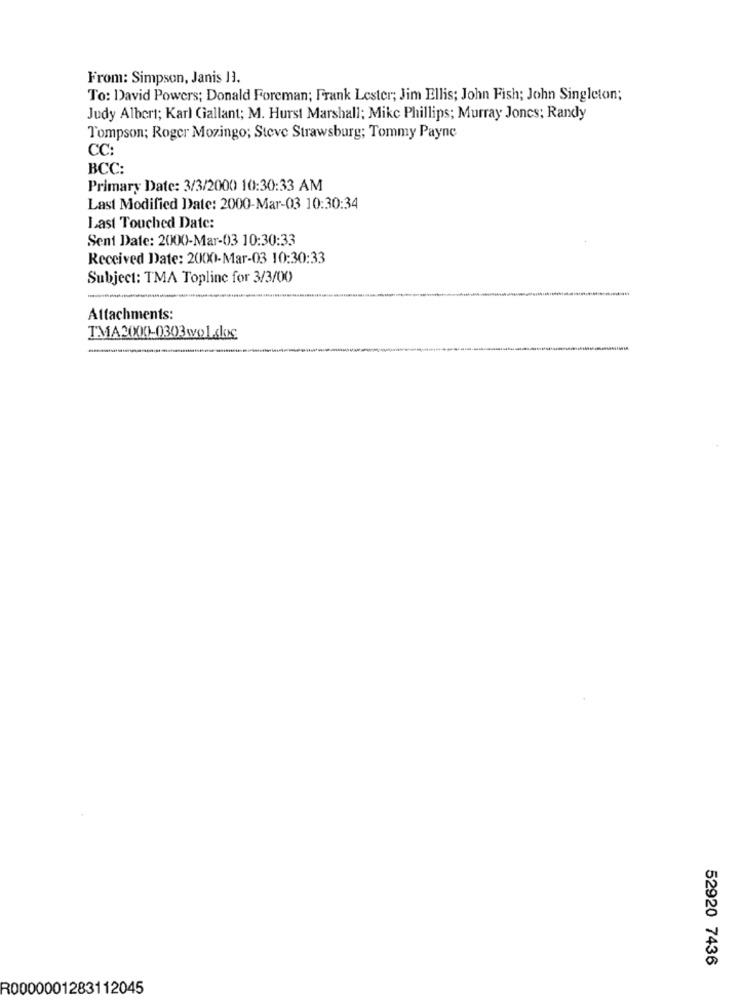
From: Simpson, Janis 11.
To: David Powers; Donald Foreman; Frank Lester; Jim Ellis; John Fish; John Singleton;
Judy Albert; Karl Gallant; M. Hurst Marshall; Mike Phillips; Murray Jones; Randy
Tompson; Roger Mozingo; Steve Strawsburg; Tommy Payne
CC:
BCC:
Primary Date: 3/3/2000 10:30:33 AM
Last Modified Date: 2000-Mar-03 10:30:34
Last Touched Date:
Sent Date: 2000-Mar-03 10:30:33
Received Date: 2000-Mar-03 10:30:33
Subject: TMA Topline for 3/3/00
Attachments:
52920 7436
R0000001283112045